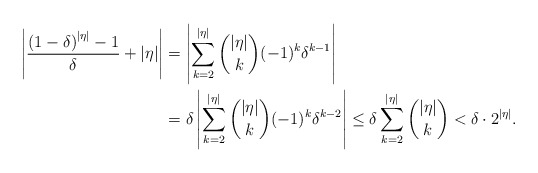
\begin{align*}\left\vert \frac{\left( 1-\delta \right) ^{\left\vert \eta\right\vert }-1}{\delta }+\left\vert \eta \right\vert \right\vert &=\left\vert\sum_{k=2}^{|\eta|} \binom{|\eta|}{k}(-1)^{k}\delta^{k-1}\right\vert\\&=\delta\left\vert\sum_{k=2}^{|\eta|} \binom{|\eta|}{k}(-1)^{k}\delta^{k-2}\right\vert\leq \delta \sum_{k=2}^{|\eta|} \binom{|\eta|}{k} <\delta\cdot 2^{|\eta|}.\end{align*}